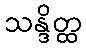
သန္ဒိတ္ထ